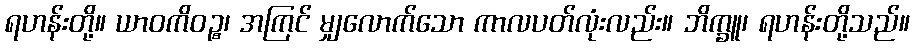
ရဟန်းတို့။ ယာဝကိဝဉ္စ၊ အကြင် မျှလောက်သော ကာလပတ်လုံးလည်း။ ဘိက္ခူ၊ ရဟန်းတို့သည်။